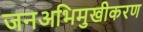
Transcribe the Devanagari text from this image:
जनअभिमुखीकरण